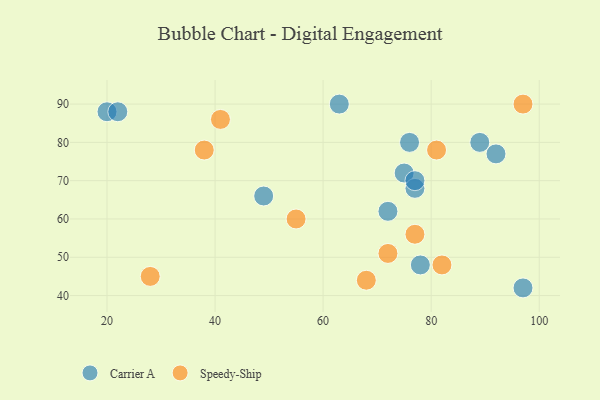
{"axis": {"x": "GDP", "y": "Life Expectancy"}, "legend": ["Carrier A", "Speedy-Ship"], "data": [{"x": "49", "y": 66, "type": "Carrier A"}, {"x": "97", "y": 42, "type": "Carrier A"}, {"x": "20", "y": 88, "type": "Carrier A"}, {"x": "89", "y": 80, "type": "Carrier A"}, {"x": "22", "y": 88, "type": "Carrier A"}, {"x": "75", "y": 72, "type": "Carrier A"}, {"x": "77", "y": 68, "type": "Carrier A"}, {"x": "72", "y": 62, "type": "Carrier A"}, {"x": "76", "y": 80, "type": "Carrier A"}, {"x": "78", "y": 48, "type": "Carrier A"}, {"x": "63", "y": 90, "type": "Carrier A"}, {"x": "92", "y": 77, "type": "Carrier A"}, {"x": "77", "y": 70, "type": "Carrier A"}, {"x": "72", "y": 51, "type": "Speedy-Ship"}, {"x": "38", "y": 78, "type": "Speedy-Ship"}, {"x": "81", "y": 78, "type": "Speedy-Ship"}, {"x": "77", "y": 56, "type": "Speedy-Ship"}, {"x": "97", "y": 90, "type": "Speedy-Ship"}, {"x": "28", "y": 45, "type": "Speedy-Ship"}, {"x": "41", "y": 86, "type": "Speedy-Ship"}, {"x": "82", "y": 48, "type": "Speedy-Ship"}, {"x": "55", "y": 60, "type": "Speedy-Ship"}, {"x": "68", "y": 44, "type": "Speedy-Ship"}]}